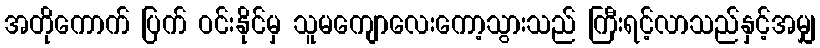
အတိုကောက် ပြက် ဝင်းနိုင်မှ သူမကျောလေးကော့သွားသည် ကြီးရင့်လာသည်နှင့်အမျှ